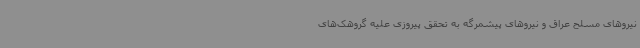
نیروهای مسلح عراق و نیروهای پیشمرگه به تحقق پیروزی علیه گروهک‌های